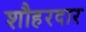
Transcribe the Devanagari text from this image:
शौहरदार